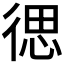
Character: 𮱽